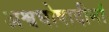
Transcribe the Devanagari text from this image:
अश्वघोषादीनां